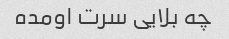
چه بلایی سرت اومده